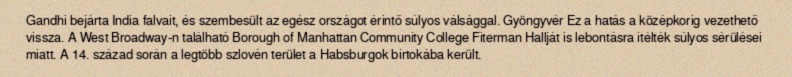
Gandhi bejárta India falvait, és szembesült az egész országot érintő súlyos válsággal. Gyöngyvér Ez a hatás a középkorig vezethető vissza. A West Broadway-n található Borough of Manhattan Community College Fiterman Hallját is lebontásra ítélték súlyos sérülései miatt. A 14. század során a legtöbb szlovén terület a Habsburgok birtokába került.